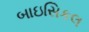
બાઇસિકલ